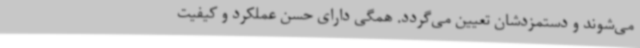
می‌شوند و دستمزدشان تعیین می‌گردد. همگی دارای حسن‌ عملکرد و کیفیت